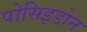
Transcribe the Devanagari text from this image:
पोसिइडोन